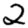
Digit: 2